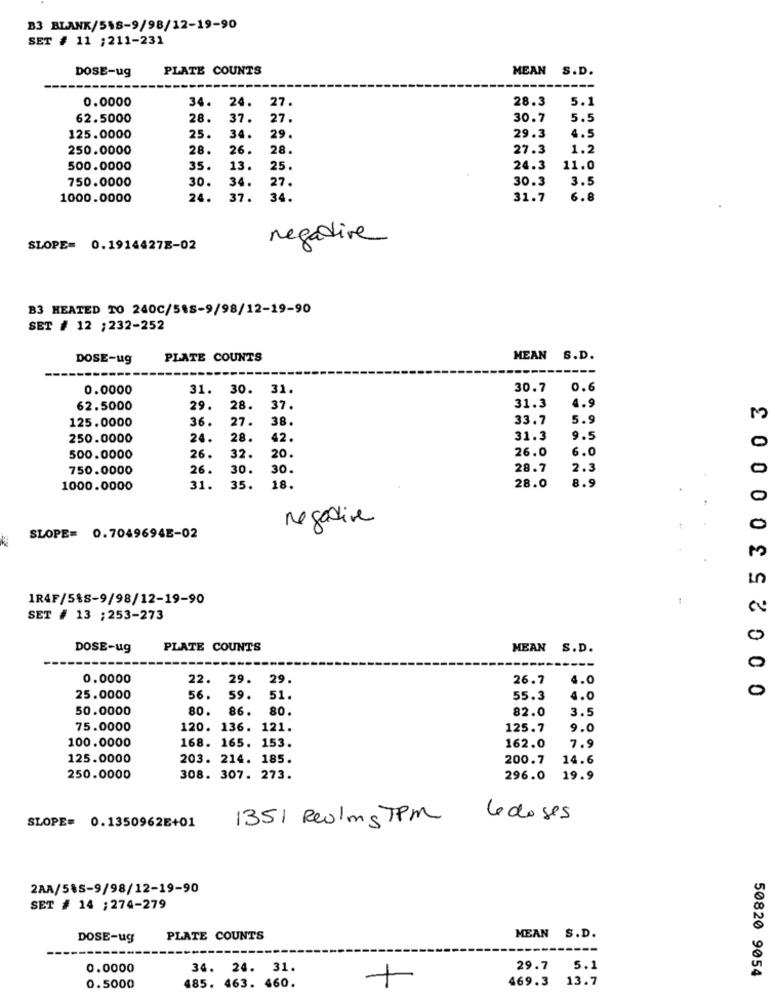
B3 BLANK/558-9/98/12-19-90
SET # 11 ; 211-231
DOSE-ug
PLATE COUNTS
MEAN
S.D.
0.0000
34.
24.
27.
28.3
5.1
62.5000
28.
37.
27.
30.7
5.5
4.5
125.0000
25.
34.
29.
29.3
250.0000
28.
26.
28.
27.3
1.2
500.0000
35.
13.
25.
24.3
11.0
750.0000
30.
34.
3.5
27.
30.3
1000.0000
24.
37.
34.
31.7
6.8
negative
SLOPE= 0.19144278-02
B3 HEATED TO 240C/518-9/98/12-19-90
SET # 12 ;232-252
DOSE-ug
PLATE COUNTS
MEAN S.D.
0.0000
31.
30.
31.
30.7
0.6
0 0 0 2 5 3 0 0 0 0 3
62.5000
29.
28.
37.
31.3
4.9
125.0000
36.
27.
38.
33.7
5.9
M
250.0000
24.
28.
42.
31.3
9.5
26.0
6.0
500.0000
26.
32.
20
750.0000
26.
30.
30.
28.7
2.3
0
8.9
1000.0000
31.
35.
18.
28.0
negative
SLOPE= 0.7049694E-02
1R4F/5%S-9/98/12-19-90
SET # 13 ; 253-273
0
DOSE-ug
PLATE COUNTS
MEAN S.D.
o
0.0000
22.
29.
29.
26.7
4.0
0
25.0000
56.
59.
51.
55.3
4.0
50.0000
80.
86.
80.
82.0
3.5
75.0000
120. 136. 121.
125.7
9.0
100.0000
168. 165. 153.
162.0
7.9
125.0000
203. 214. 185.
200.7
14.6
250.0000
308. 307. 273.
296.0
19.9
1351 Realms TPM
Le doses
SLOPE= 0.1350962E+01
2AA/5%5-9/98/12-19-90
SET # 14 ; 274-279
DOSE-ug
PLATE COUNTS
MEAN S.D.
0.0000
34. 24. 31.
29.7 5.1
50820 9054
469.3 13.7
0.5000
485. 463. 460.